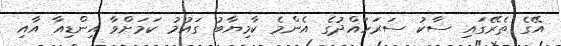
އޭގެ ތެރޭގައި ސާކު ސަރަަހައްދުގެ އެންމެ ކާމިޔާބު ގައުމު ކަމަށްވާ އިންޑިއާ އާއި